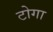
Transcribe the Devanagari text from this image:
टोगा